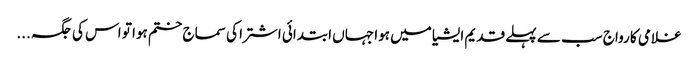
غلامی کا رواج سب سے پہلے قدیم ایشیا میں ہوا جہاں ابتدائی اشتر ا کی سماج ختم ہوا تو اس کی جگہ ...